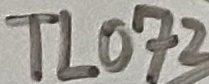
Text: TL072